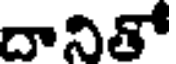
దానితో